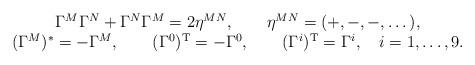
LaTeX: \begin{align*}\begin{array}{c} \Gamma^M\Gamma^N+\Gamma^N\Gamma^M=2\eta^{MN}, \qquad\eta^{MN}=(+,-,-,\dots),\\(\Gamma^M)^*=-\Gamma^M, \qquad (\Gamma^0)^{\rm T}=-\Gamma^0, \qquad(\Gamma^i)^{\rm T}=\Gamma^i, \quad i=1,\dots,9.\end{array}\end{align*}